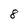
Character: 8